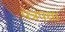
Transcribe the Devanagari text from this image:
पत्रपत्ता